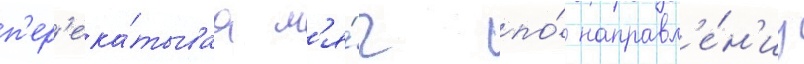
п'ер'ека́тываа м'я́ч по́ направл'е́н'иу